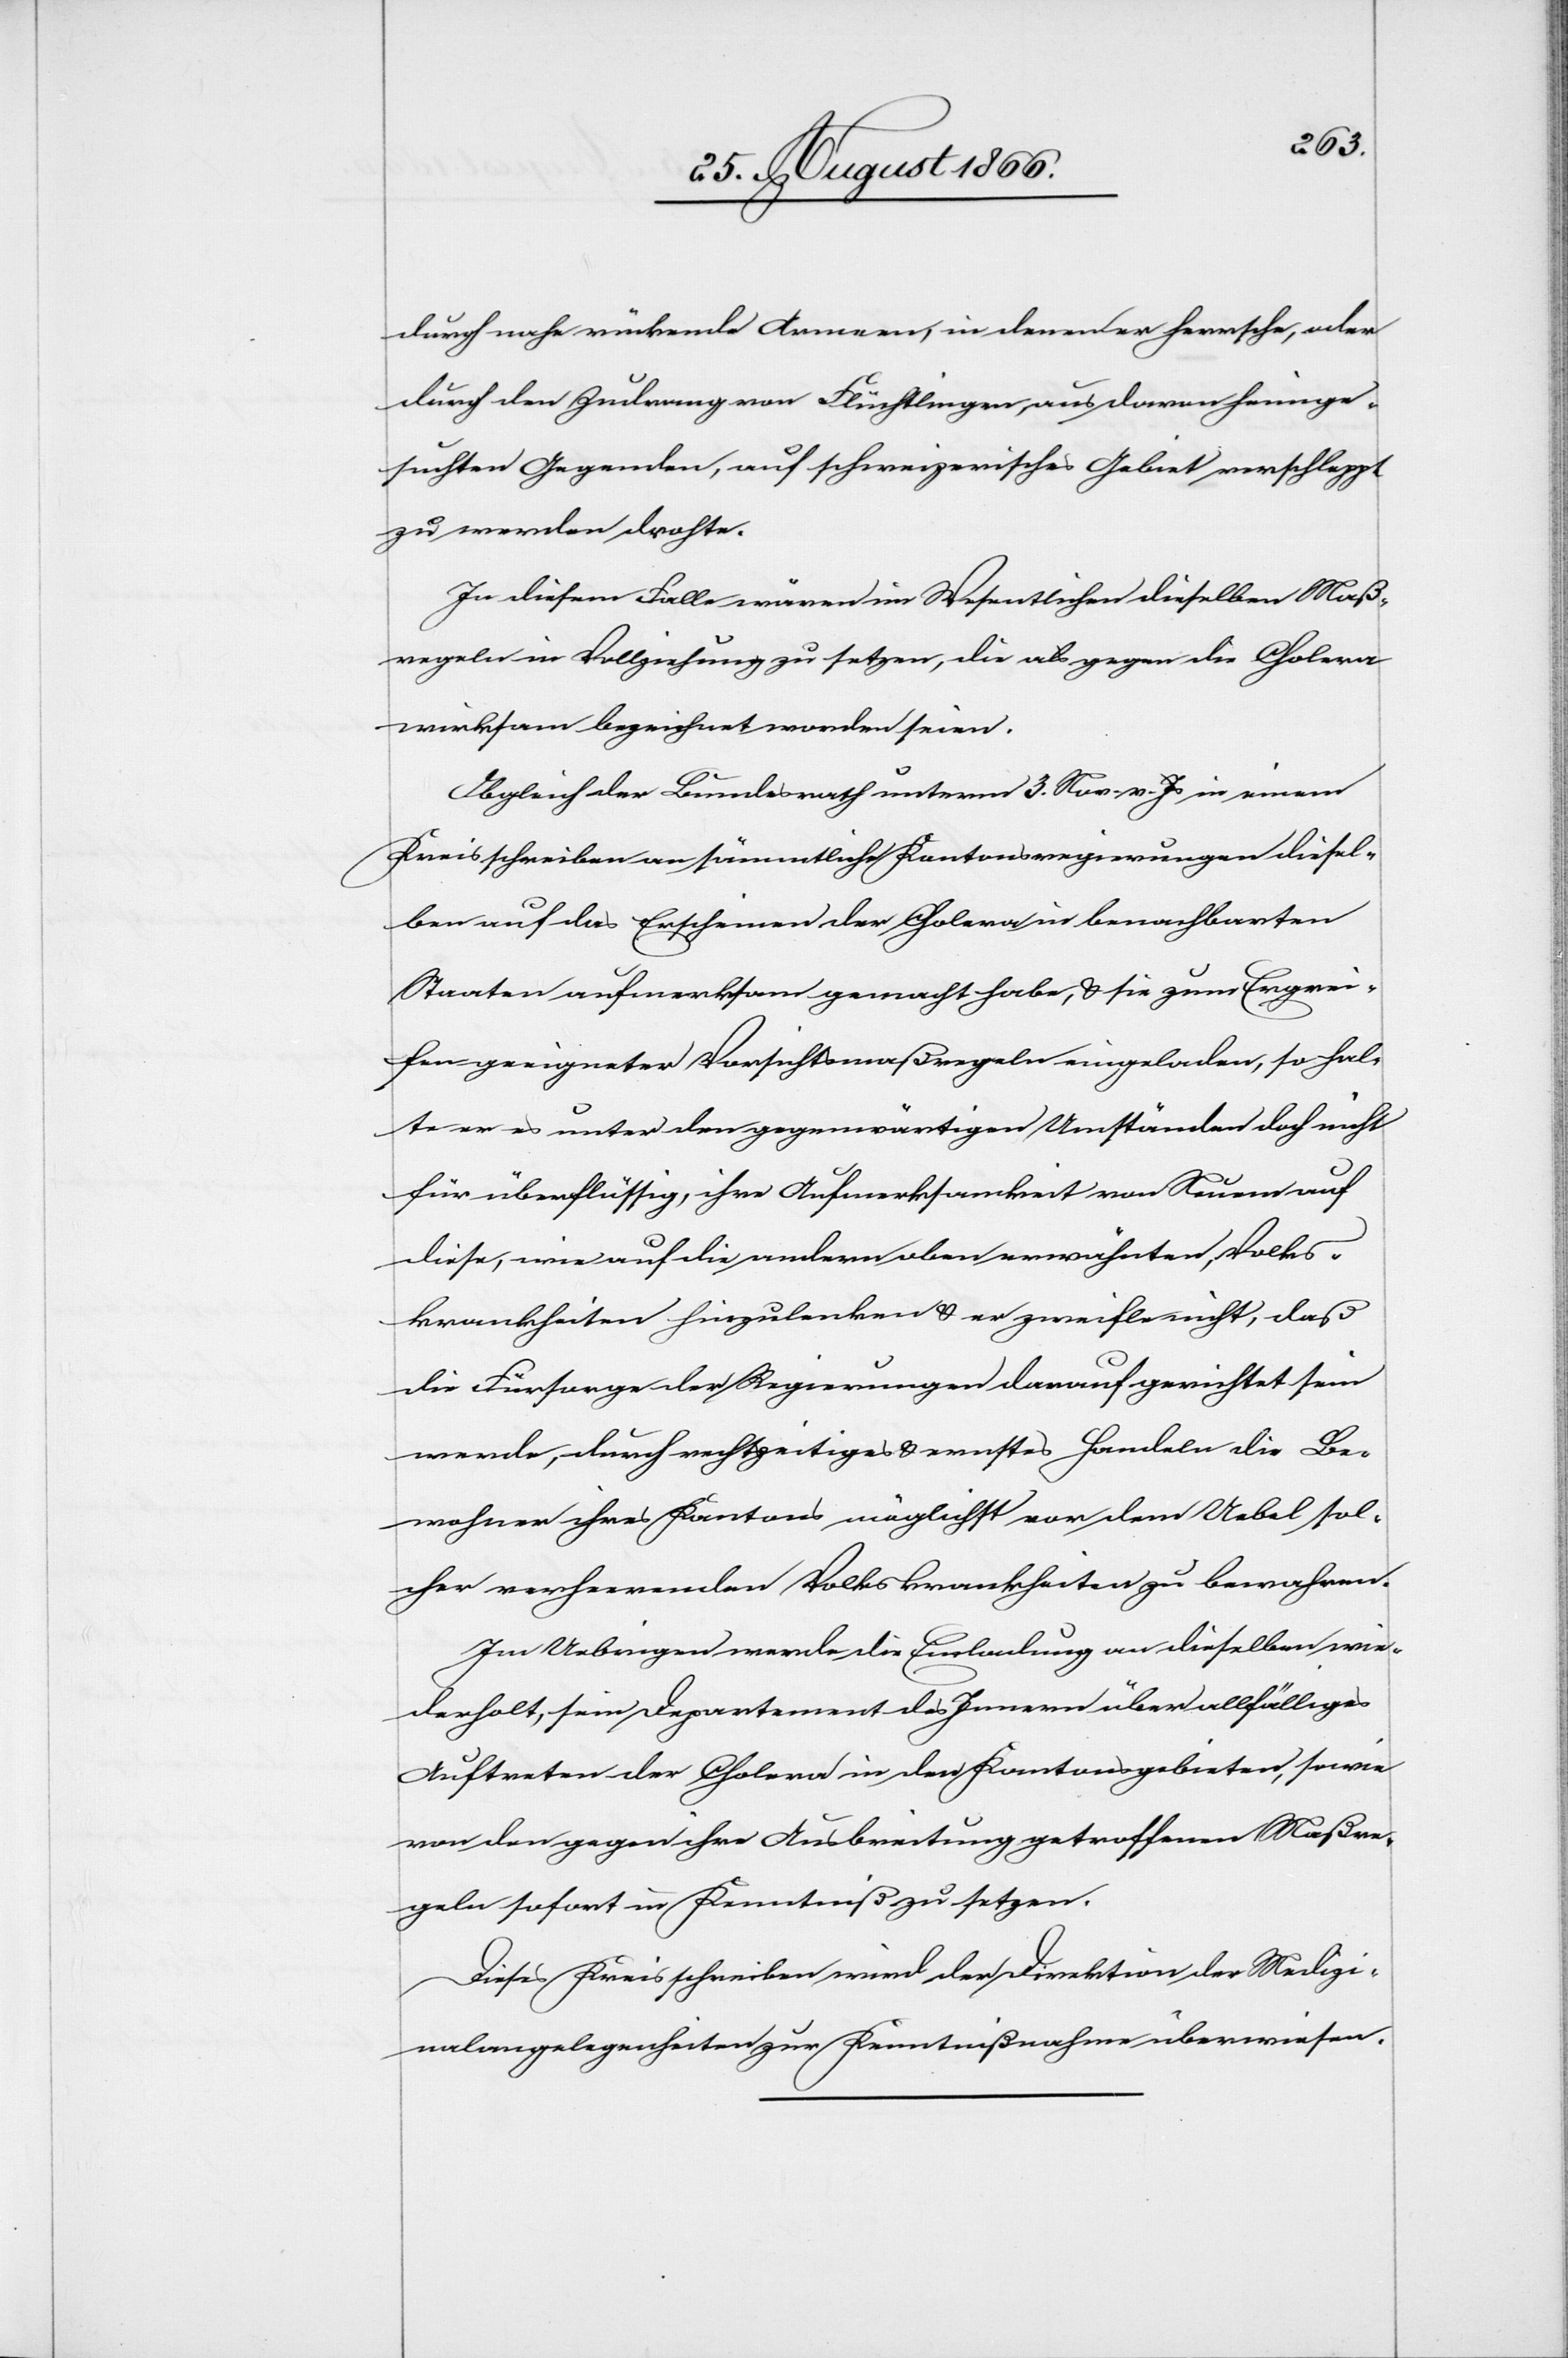
durch nahe rückende Armeen, in denen er herrsche, oder
durch den Zudrang von Flüchtlingen, aus davon heimge¬
suchten Gegenden, auf schweizerisches Gebiet verschleppt
zu werden drohte.
In diesem Falle wären im Wesentlichen dieselben Maß¬
regeln in Vollziehung zu setzen, die als gegen die Cholera
wirksam bezeichnet worden seien.
Obgleich der Bundesrath unterm 3. Nov. v. Js. in einem
Kreisschreiben an sämmtliche Kantonsregierungen diesel¬
ben auf das Erscheinen der Cholera in benachbarten
Staaten aufmerksam gemacht habe, u. sie zum Ergrei¬
fen geeigneter Vorschriftsmaßregeln eingeladen, so hal¬
te er es unter den gegenwärtigen Umständen doch nicht
für überflüssig, ihre Aufmerksamkeit von Neuem auf
diese, wie auf die andern oben erwähnten, Volks¬
krankheiten hinzulenken u. er zweifle nicht, daß
die Fürsorge der Regierungen darauf gerichtet sein
werde, durch rechtzeitiges u. ernstes Handeln die Be¬
wohner ihres Kantons möglichst vor dem Uebel sol¬
cher verheerenden Volkskrankheiten zu bewahren.
Im Uebrigen werde die Einladung an dieselben wie¬
derholt, sein Departement des Innern über allfälliges
Auftreten der Cholera in den Kantonsgebieten, sowie
von den gegen ihre Ausbreitung getroffenen Maßre¬
geln sofort in Kenntniß zu setzen.
Dieses Kreisschreiben wird der Direktion der Medizi¬
nalangelegenheiten zur Kenntniß überwiesen.